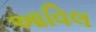
આવિલ